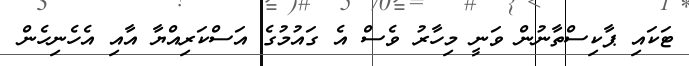
ޓަކައި ޕާކިސްތާނުން ވަނީ މިހާރު ވެސް އެ ގައުމުގެ އަސްކަރިއްޔާ އާއި އެހެނިހެން